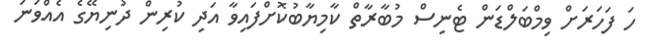
ހަ ފަހަރަށް ވިމްބަލްޑަން ޓެނިސް މުބާރާތް ކާމިޔާބުކޮށްފައިވާ އަދި ކުރިން ދުނިޔޭގެ އެއްވަނަ